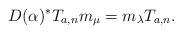
LaTeX: \begin{align*} D(\alpha)^* T_{a, n} m_\mu = m_\lambda T_{a, n}. \end{align*}